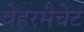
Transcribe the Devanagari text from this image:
वेहरमैचेट